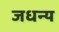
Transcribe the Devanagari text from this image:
जधन्य